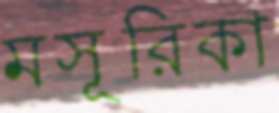
মসূরিকা